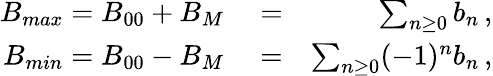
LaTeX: \begin{array}{rlr}{B_{max}=B_{00}+B_{M}}&{{}=}&{\sum_{n\ge 0}b_{n}\, ,}\\ {B_{min}=B_{00}-B_{M}}&{{}=}&{\sum_{n\ge 0}(-1)^{n}b_{n}\, ,}\end{array}